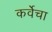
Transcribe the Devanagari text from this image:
कर्वेचा